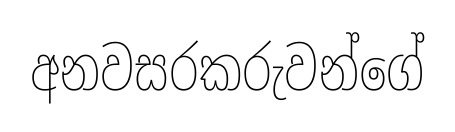
අනවසරකරුවන්ගේ